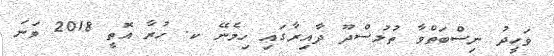
ވަހީދު ނިސްބަތްވާ ތުލުސްދޫ ދާއިރާގައި ހިމެނޭ ކ. ހުރާ އޮތީ 2018 ވަނަ